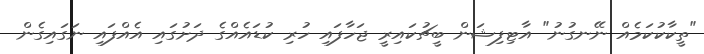
"ތީކާކުކަމެއް ނޭނގުނު" އާޓިފިޝަން ބީޗުކައިރީ ޖަހާފައި ހުރި ކުޑައެއްގެ ދަށުގައި އެއްފައި ނަގައިގެން